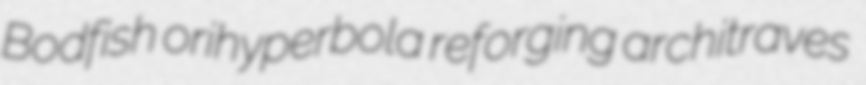
Bodfish orihyperbola reforging architraves